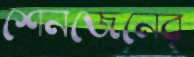
শেনজেনের